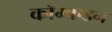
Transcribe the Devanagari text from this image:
कॉम्बाइन